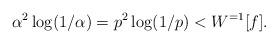
LaTeX: \begin{align*} \alpha^2 \log(1/\alpha) = p^2 \log(1/p) < W^{=1}[f] . \end{align*}